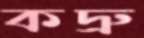
কদ্রু